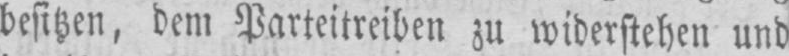
besitzen, dem Parteitreiben zu widerstehen und